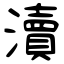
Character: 瀆